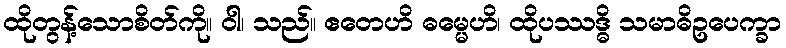
ထိုတွန့်သောစိတ်ကို။ ဝါ၊ သည်။ ဧတေဟိ ဓမ္မေဟိ၊ ထိုပဿဒ္ဓိ သမာဓိဥပေက္ခာ